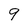
Character: 9